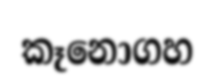
කෑනොගහ